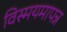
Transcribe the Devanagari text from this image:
विस्मयमापन्न